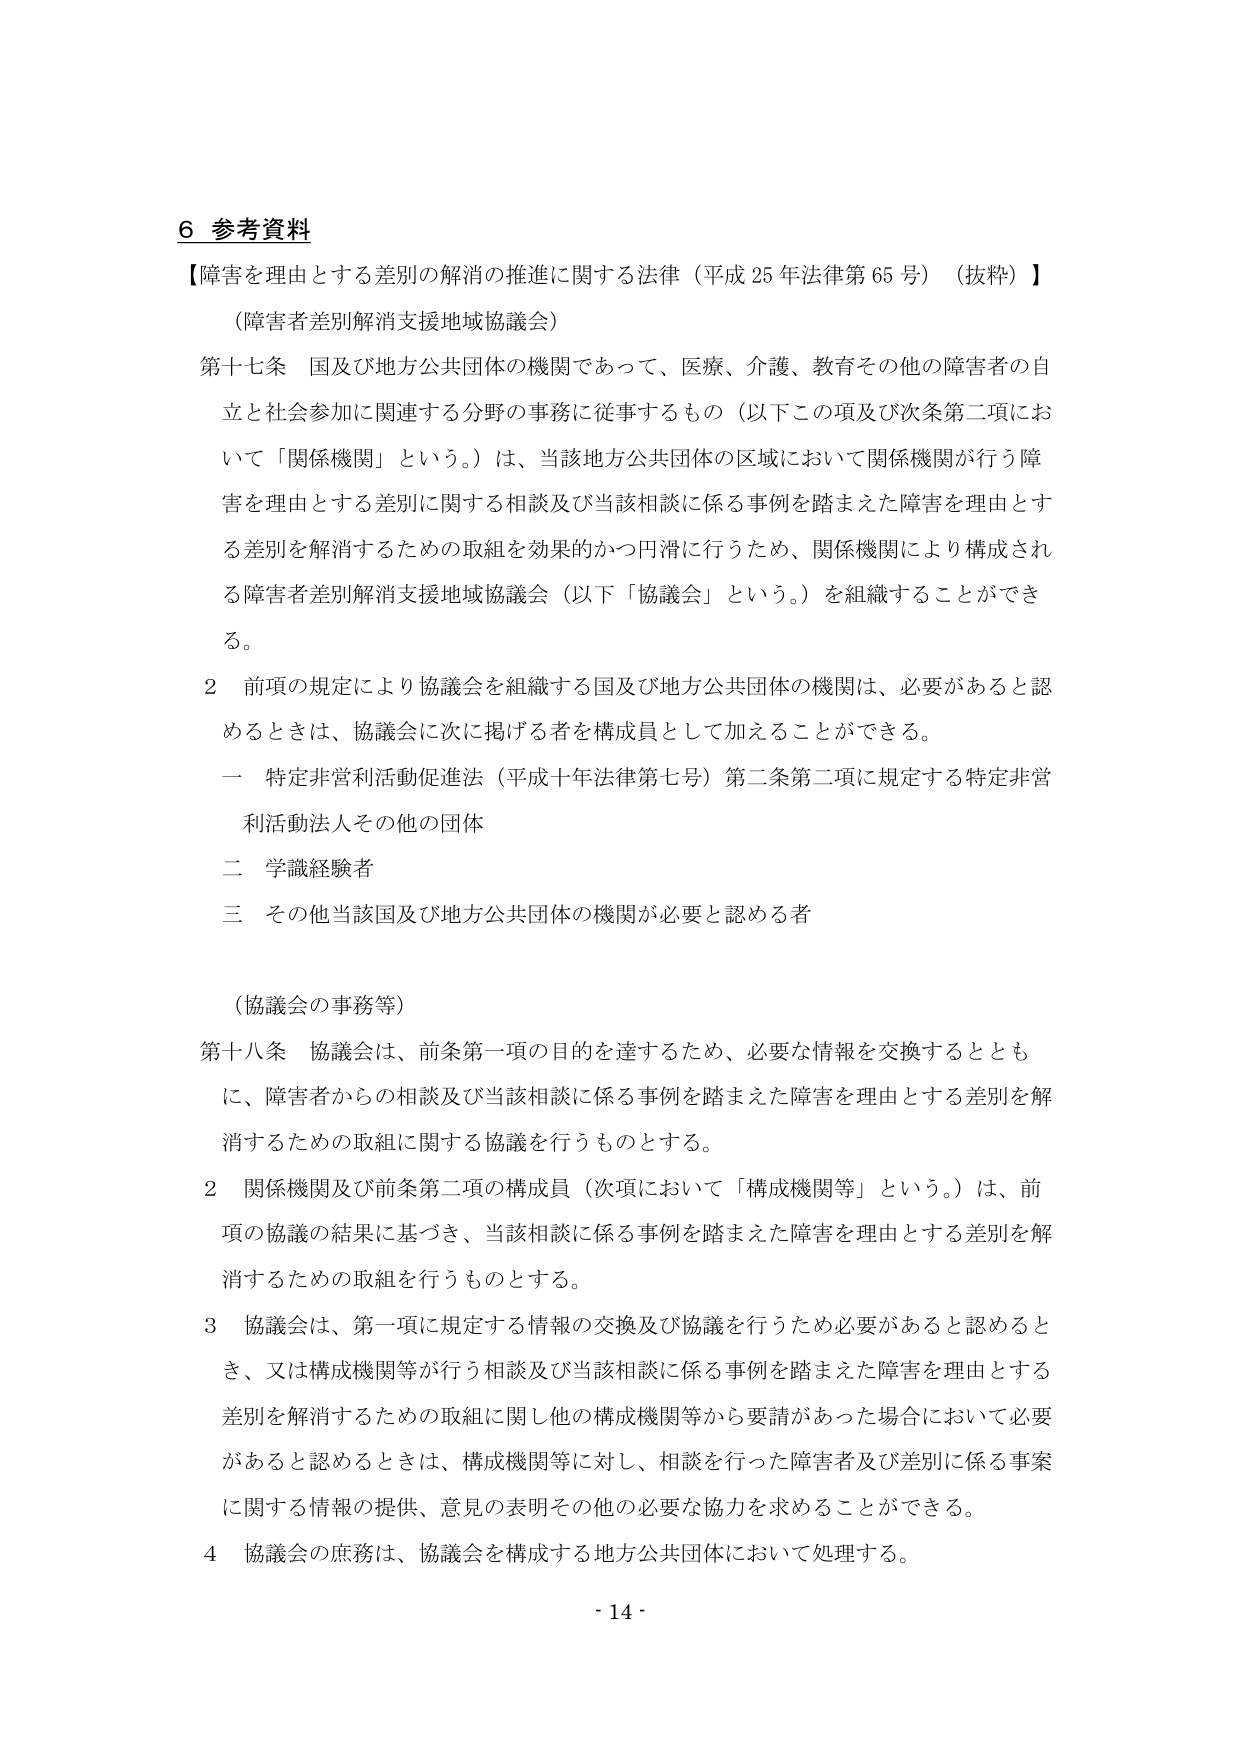
6 参考資料
【障害を理由とする差別の解消の推進に関する法律（平成25年法律第65号）（抜粋）】
（障害者差別解消支援地域協議会）
第十七条 国及び地方公共団体の機関であって、医療、介護、教育その他の障害者の自立と社会参加に関連する分野の事務に従事するもの（以下この項及び次条第二項において「関係機関」という。）は、当該地方公共団体の区域において関係機関が行う障害を理由とする差別に関する相談及び当該相談に係る事例を踏まえた障害を理由とする差別を解消するための取組を効果的かつ円滑に行うため、関係機関により構成される障害者差別解消支援地域協議会（以下「協議会」という。）を組織することができる。
2 前項の規定により協議会を組織する国及び地方公共団体の機関は、必要があると認めるときは、協議会に次に掲げる者を構成員として加えることができる。
一 特定非営利活動促進法（平成十年法律第七号）第二条第二項に規定する特定非営利活動法人その他の団体
二 学識経験者
三 その他当該国及び地方公共団体の機関が必要と認める者
（協議会の事務等）
第十八条 協議会は、前条第一項の目的を達するため、必要な情報を交換するとともに、障害者からの相談及び当該相談に係る事例を踏まえた障害を理由とする差別を解消するための取組に関する協議を行うものとする。
2 関係機関及び前条第二項の構成員（次項において「構成機関等」という。）は、前項の協議の結果に基づき、当該相談に係る事例を踏まえた障害を理由とする差別を解消するための取組を行うものとする。
3 協議会は、第一項に規定する情報の交換及び協議を行うため必要があると認めるとき、又は構成機関等が行う相談及び当該相談に係る事例を踏まえた障害を理由とする差別を解消するための取組に関し他の構成機関等から要請があった場合において必要があると認めるときは、構成機関等に対し、相談を行った障害者及び差別に係る事案に関する情報の提供、意見の表明その他の必要な協力を求めることができる。
4 協議会の庶務は、協議会を構成する地方公共団体において処理する。
- 14 -